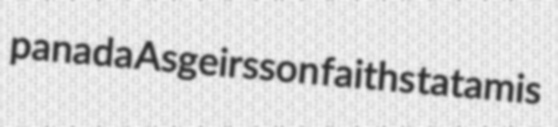
panada Asgeirsson faiths tatamis